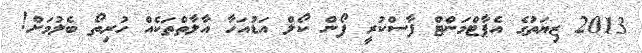
2013 ޒިޔަތުގެ އެޕާޓްމަންޓް ފާސްކުރީ ފޯން ކޯލް އަޑުއަހާ އާލާތްތަކެއް ހުރިތޯ ބެލުމަށް!